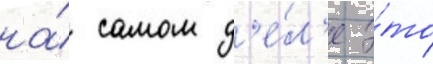
на́ самом д'е́л'е э́то